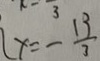
x = - \frac { 1 3 } { 3 }